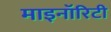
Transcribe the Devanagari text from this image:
माइनॉरिटी